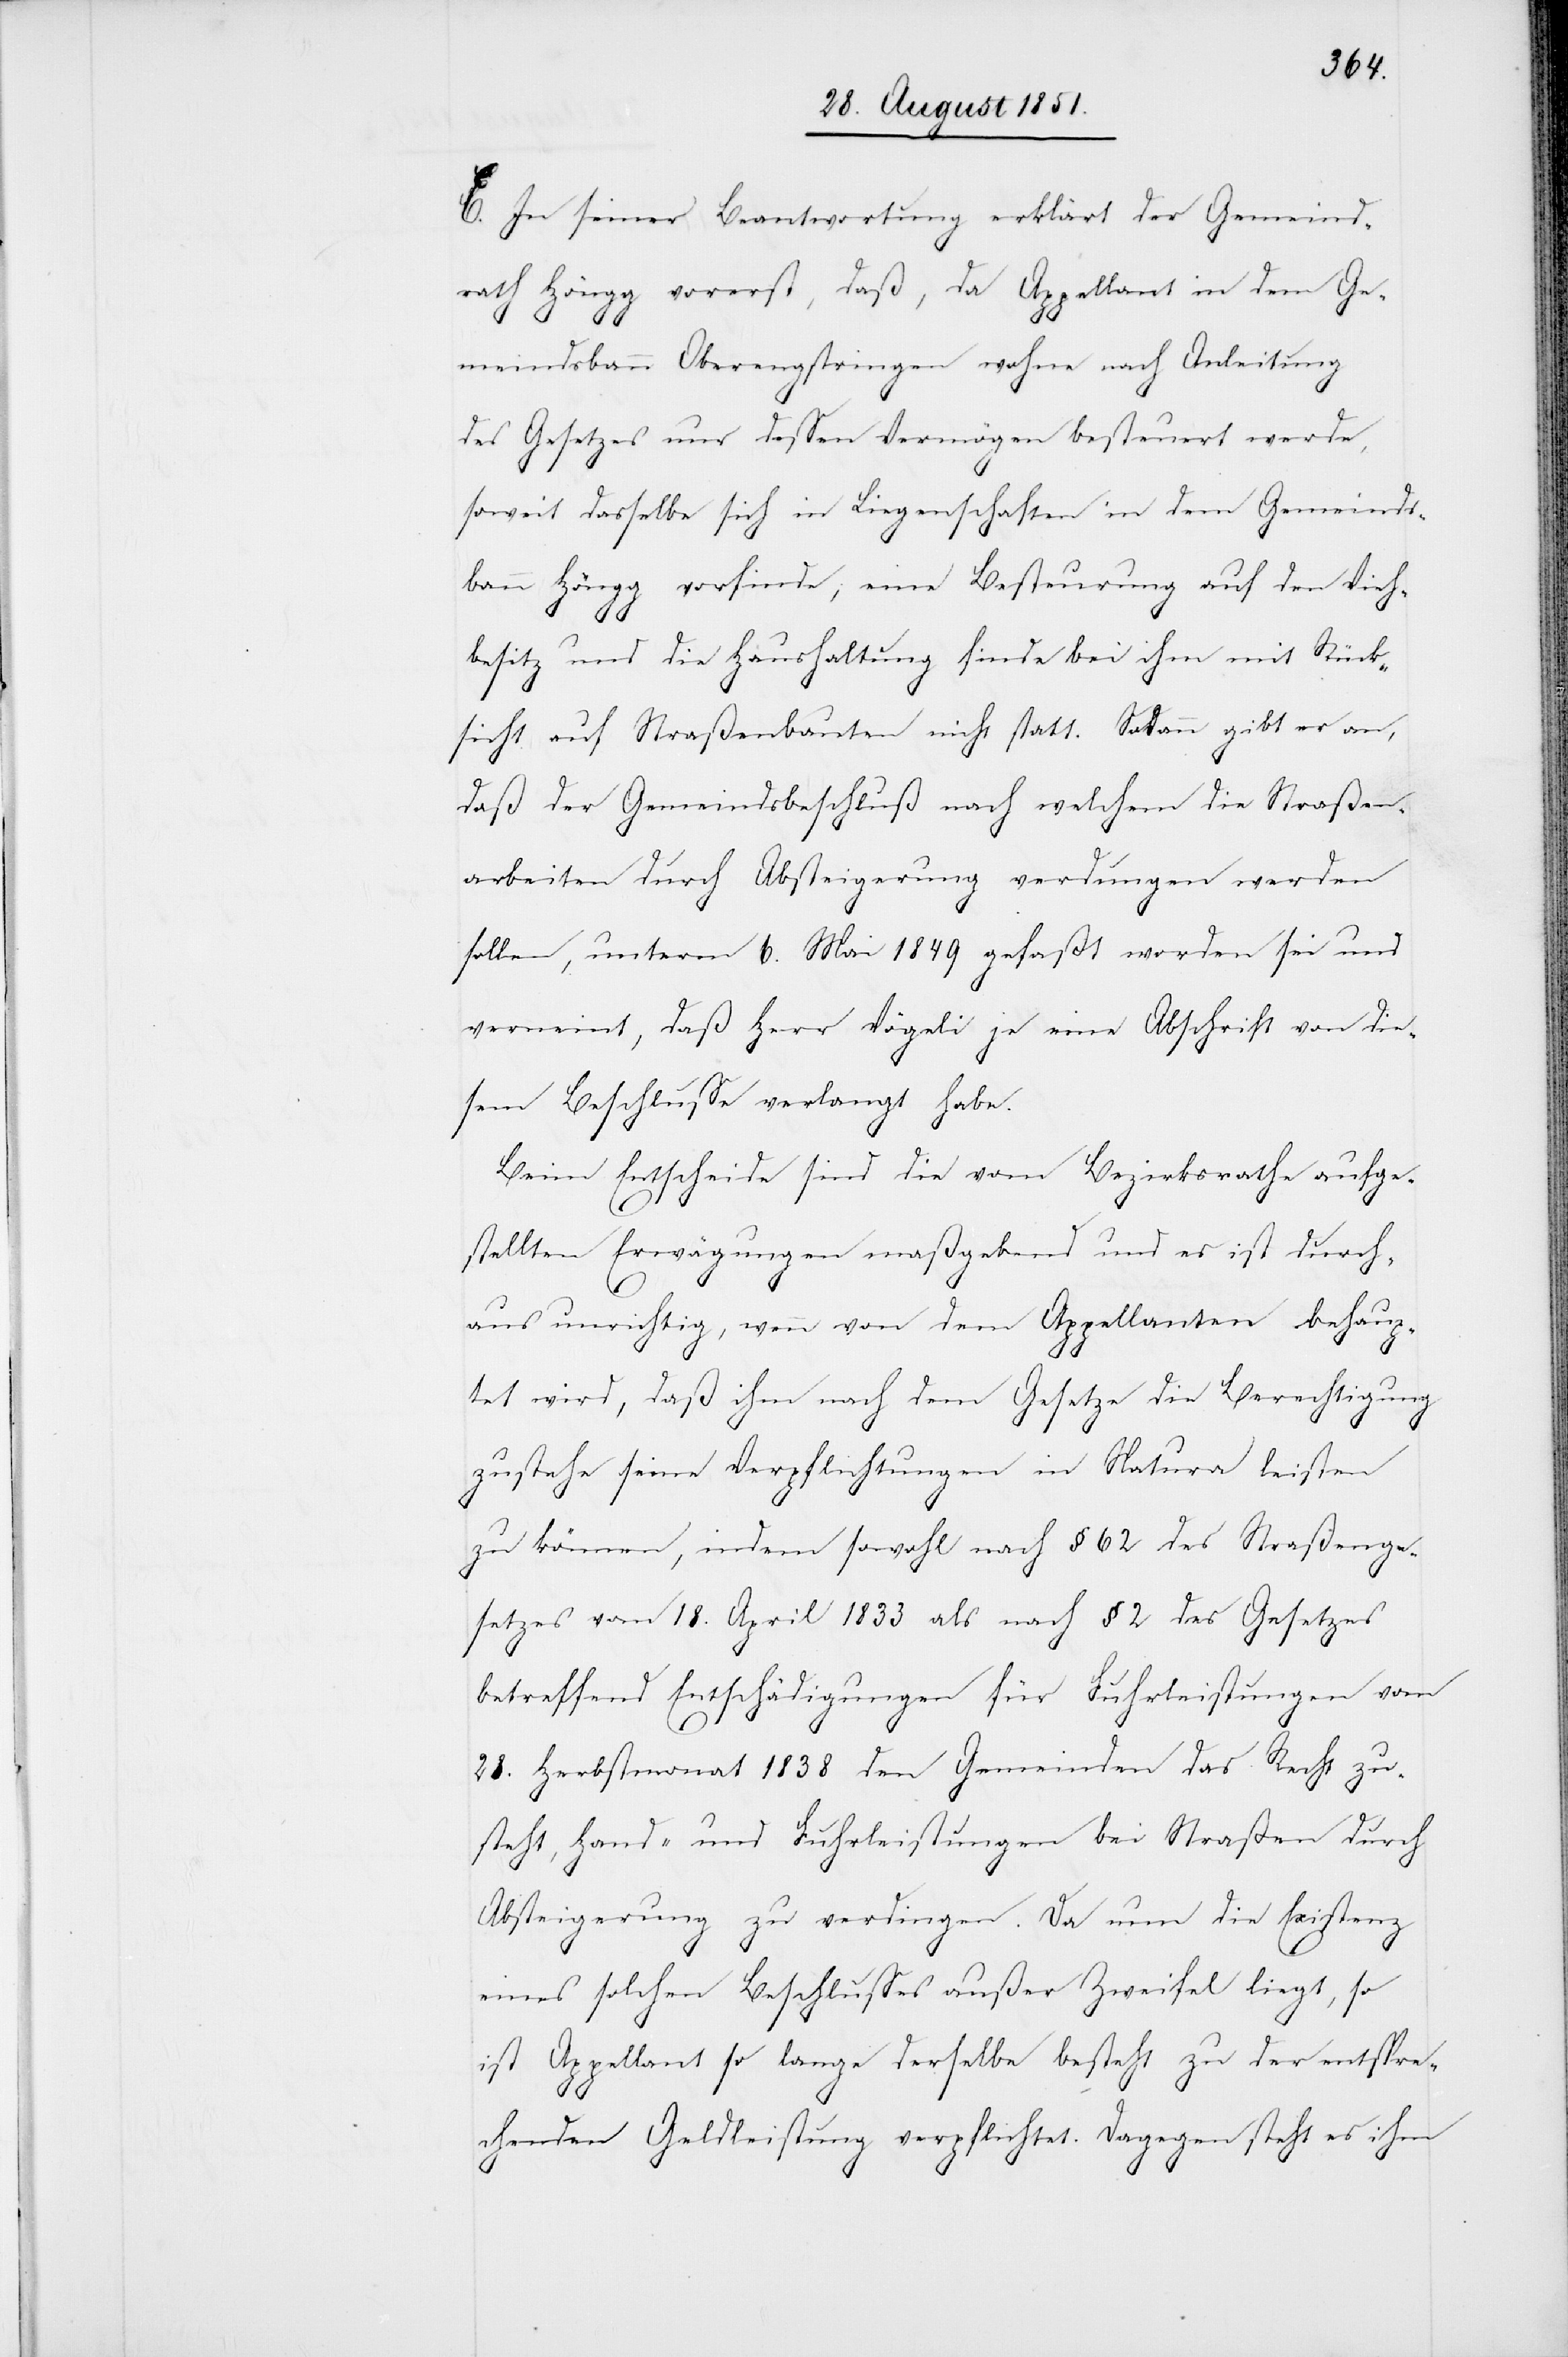
E. In seiner Beantwortung erklärt der Gemeind¬
rath Höngg vorerst, daß, da Appellant in dem Ge¬
meindsbann Oberengstringen wohne nach Anleitung
des Gesetzes nur dessen Vermögen besteuert werde,
soweit dasselbe sich in Liegenschaften in dem Gemeinds¬
bann Höngg vorfinde; eine Besteurung auf den Vieh¬
besitz und die Haushaltung finde bei ihm mit Rück¬
sicht auf Straßenbauten nicht statt. Sodann gibt er an,
daß der Gemeindsbeschluß nach welchem die Straßen¬
arbeiten durch Absteigerung verdungen werden
sollen, unterm 6. Mai 1849 gefaßt worden sei und
verneint, daß Herr Vögeli je eine Abschrift von die¬
sem Beschlusse verlangt habe.
Beim Entscheide sind die vom Bezirksrathe aufge¬
stellten Erwägungen maßgebend und es ist durch¬
aus unrichtig, wenn von dem Appellanten behaup¬
tet wird, daß ihm nach dem Gesetze die Berechtigung
zustehe seine Verpflichtungen in Natura leisten
zu können, indem sowohl nach § 62 des Straßenge¬
setzes vom 18. April 1833 als nach § 2 des Gesetzes
betreffend Entschädigungen für Fuhrleistungen vom
28. Herbstmonat 1838 den Gemeinden das Recht zu¬
steht, Hand- und Fuhrleistungen bei Straßen durch
Absteigerung zu verdingen. Da nun die Existenz
eines solchen Beschlusses außer Zweifel liegt, so
ist Appellant so lange derselbe besteht zu der entspre¬
chenden Geldleistung verpflichtet. Dagegen steht es ihm